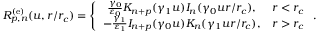
R _ { p , n } ^ { \mathrm { ( e ) } } ( u , r / r _ { c } ) = \left\{ \begin{array} { c c } { \frac { \gamma _ { 0 } } { \varepsilon _ { 0 } } K _ { n + p } ( \gamma _ { 1 } u ) I _ { n } ( \gamma _ { 0 } u r / r _ { c } ) , } & { r < r _ { c } } \\ { - \frac { \gamma _ { 1 } } { \varepsilon _ { 1 } } I _ { n + p } ( \gamma _ { 0 } u ) K _ { n } ( \gamma _ { 1 } u r / r _ { c } ) , } & { r > r _ { c } } \end{array} \right. .